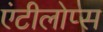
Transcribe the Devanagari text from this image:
एंटीलोप्स